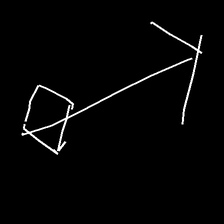
Glyph: focus